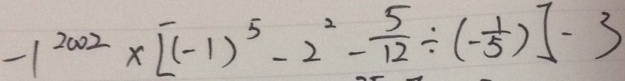
- 1 ^ { 2 0 0 2 } \times [ ( - 1 ) ^ { 5 } - 2 ^ { 2 } - \frac { 5 } { 1 2 } \div ( - \frac { 1 } { 5 } ) ] - 3